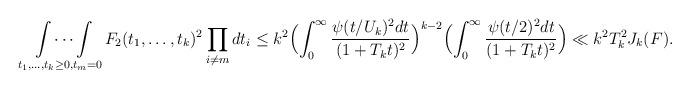
LaTeX: \begin{align*}\idotsint\limits_{t_1,\dots,t_k\ge 0, t_m=0}F_2(t_1,\dots,t_k)^2\prod_{i\ne m}dt_i\le k^2\Bigl(\int_0^\infty\frac{\psi(t/U_k)^2dt}{(1+T_kt)^2}\Bigr)^{k-2}\Bigl(\int_0^\infty\frac{\psi(t/2)^2dt}{(1+T_kt)^2}\Bigr)\ll k^2T_k^2 J_k(F).\end{align*}